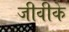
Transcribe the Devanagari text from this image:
जीवीके